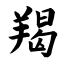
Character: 羯